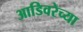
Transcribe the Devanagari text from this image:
आडिवरेच्या